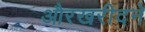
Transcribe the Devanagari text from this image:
औरखरीदने